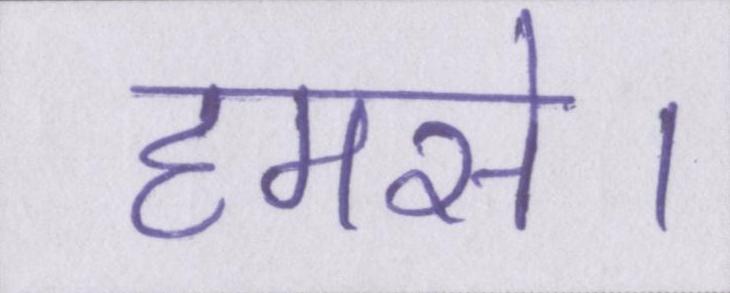
हमसे।